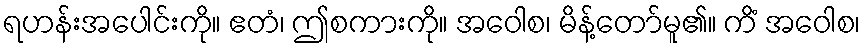
ရဟန်းအပေါင်းကို။ ဧတံ၊ ဤစကားကို။ အဝေါစ၊ မိန့်တော်မူ၏။ ကိံ အဝေါစ၊